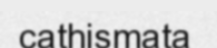
cathismata